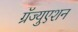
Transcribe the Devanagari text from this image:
ग्रॅज्युएशन